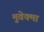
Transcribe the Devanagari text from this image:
मुवेक्मा